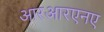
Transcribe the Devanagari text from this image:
आरआरएनए